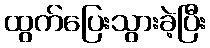
ထွက်ပြေးသွားခဲ့ပြီး